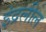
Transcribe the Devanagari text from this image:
इंद्रलील